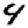
Digit: 4